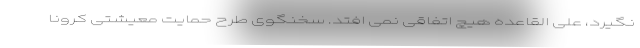
نگیرد، علی القاعده هیچ اتفاقی نمی افتد. سخنگوی طرح حمایت معیشتی کرونا